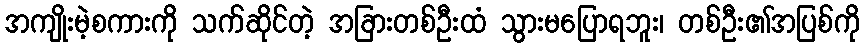
အကျိုးမဲ့စကားကို သက်ဆိုင်တဲ့ အခြားတစ်ဦးထံ သွားမပြောရဘူး၊ တစ်ဦး၏အပြစ်ကို